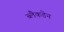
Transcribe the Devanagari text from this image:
ब्लैकडेन